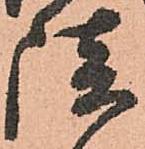
談